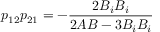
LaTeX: p _ { 1 2 } p _ { 2 1 } = - \frac { 2 B _ { i } B _ { i } } { 2 A B - 3 B _ { i } B _ { i } }